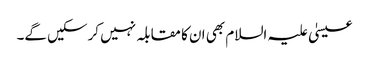
عیسیٰ علیہ السلام بھی ان کا مقابلہ نہیں کرسکیں گے۔